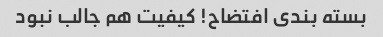
بسته بندی افتضاح! کیفیت هم جالب نبود